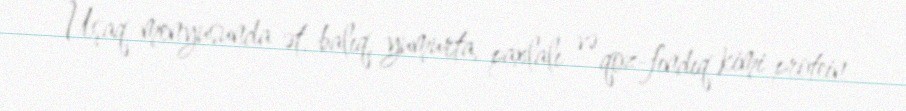
Uşaq menyusunda ət, balıq, yumurta, paxlalı və qoz-fındıq kimi protein